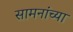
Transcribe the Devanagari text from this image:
सामनांच्या